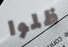
ظلوا